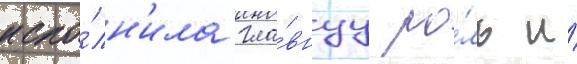
испо́лн'ила гла́внуу ро́ль и́